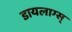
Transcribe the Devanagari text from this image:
डायलाग्स्